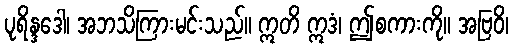
ပုရိန္ဒဒေါ၊ အဘသိကြားမင်းသည်။ ဣတိ ဣဒံ၊ ဤစကားကို။ အဗြဝိ၊